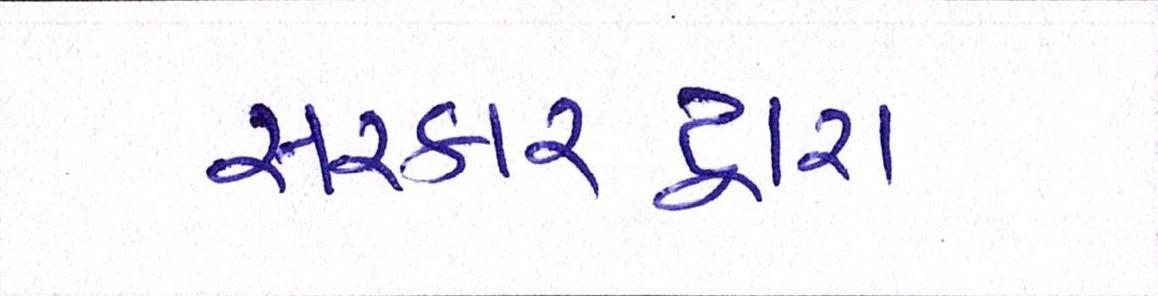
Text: સરકારદ્વારા